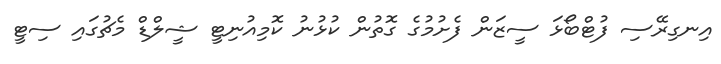
އިނގިރޭސި ފުޓްބޯޅަ ސީޒަން ފެށުމުގެ ގޮތުން ކުޅުނު ކޮމިއުނިޓީ ޝީލްޑް މެޗުގައި ސިޓީ